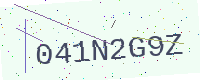
Text: 041N2G9Z